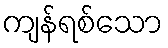
ကျန်ရစ်သော